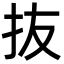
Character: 抜